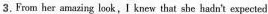
3.From her amazing look，I knew that she hadn't expected